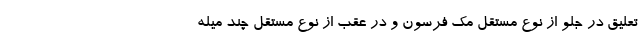
تعلیق در جلو از نوع مستقل مک فرسون و در عقب از نوع مستقل چند میله